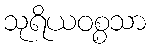
သုရိယဝစ္စသာ